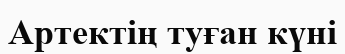
Артектің туған күні